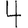
Digit: 4